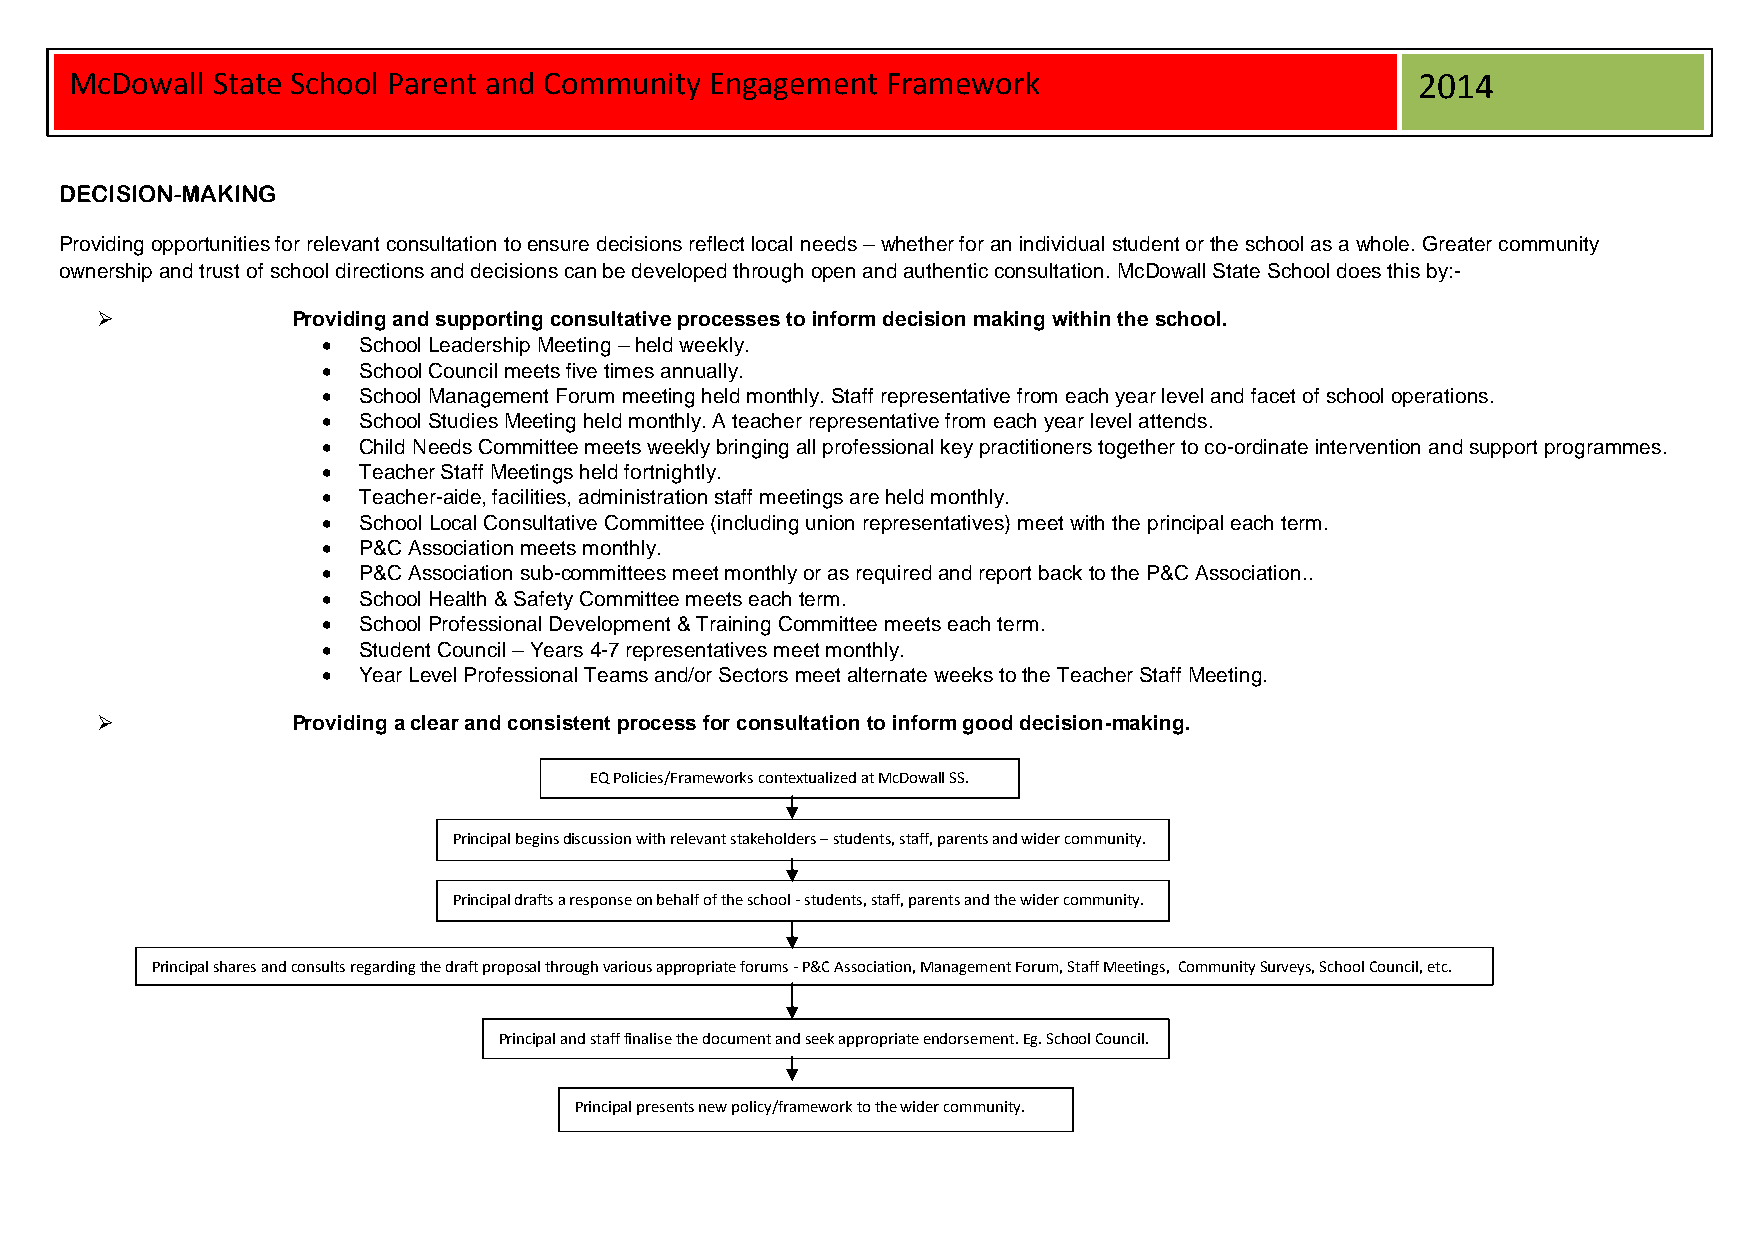
McDowall State School Parent and Community Engagement Framework                          2014
 DECISION-MAKING
 Providing opportunities for relevant consultation to ensure decisions reflect local needs – whether for an individual student or the school as a whole. Greater community
 ownership and trust of school directions and decisions can be developed through open and authentic consultation. McDowall State School does this by:-
             Providing and supporting consultative processes to inform decision making within the school.
   School Leadership Meeting – held weekly.
   School Council meets five times annually.
   School Management Forum meeting held monthly. Staff representative from each year level and facet of school operations.
   School Studies Meeting held monthly. A teacher representative from each year level attends.
   Child Needs Committee meets weekly bringing all professional key practitioners together to co-ordinate intervention and support programmes.
   Teacher Staff Meetings held fortnightly.
   Teacher-aide, facilities, administration staff meetings are held monthly.
   School Local Consultative Committee (including union representatives) meet with the principal each term.
   P&C Association meets monthly.
   P&C Association sub-committees meet monthly or as required and report back to the P&C Association..
   School Health & Safety Committee meets each term.
   School Professional Development & Training Committee meets each term.
   Student Council – Years 4-7 representatives meet monthly.
   Year Level Professional Teams and/or Sectors meet alternate weeks to the Teacher Staff Meeting.
             Providing a clear and consistent process for consultation to inform good decision-making.
 EQ Policies/Frameworks contextualized at McDowall SS.
 Principal begins discussion with relevant stakeholders – students, staff, parents and wider community.
 Principal drafts a response on behalf of the school - students, staff, parents and the wider community.
 Principal shares and consults regarding the draft proposal through various appropriate forums - P&C Association, Management Forum, Staff Meetings, Community Surveys, School Council, etc.
 Principal and staff finalise the document and seek appropriate endorsement. Eg. School Council.
 Principal presents new policy/framework to the wider community.